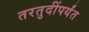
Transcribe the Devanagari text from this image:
तरतुदींपर्यंत